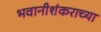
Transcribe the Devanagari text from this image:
भवानीशंकराच्या